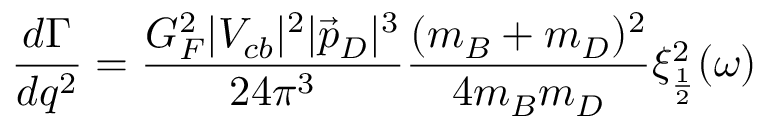
\frac { d \Gamma } { d q ^ { 2 } } = \frac { G _ { F } ^ { 2 } | V _ { c b } | ^ { 2 } | \vec { p } _ { D } | ^ { 3 } } { 2 4 \pi ^ { 3 } } \frac { ( m _ { B } + m _ { D } ) ^ { 2 } } { 4 m _ { B } m _ { D } } \xi _ { \frac { 1 } { 2 } } ^ { 2 } ( \omega )